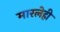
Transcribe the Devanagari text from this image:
मारलेही